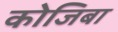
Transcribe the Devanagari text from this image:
कोजिबा